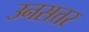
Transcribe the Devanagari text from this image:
उनसत्तर